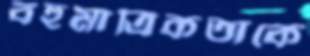
বহুমাত্রিকতাকে